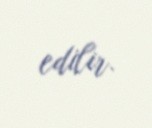
edilir.